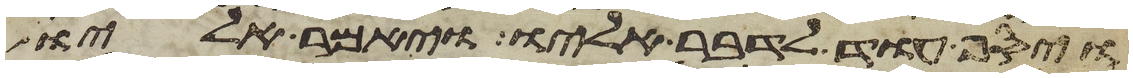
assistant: ויסף עוד לדבר אליו ויאמר אליו